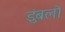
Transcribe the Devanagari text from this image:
डुंबलो